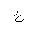
Letter: _kha